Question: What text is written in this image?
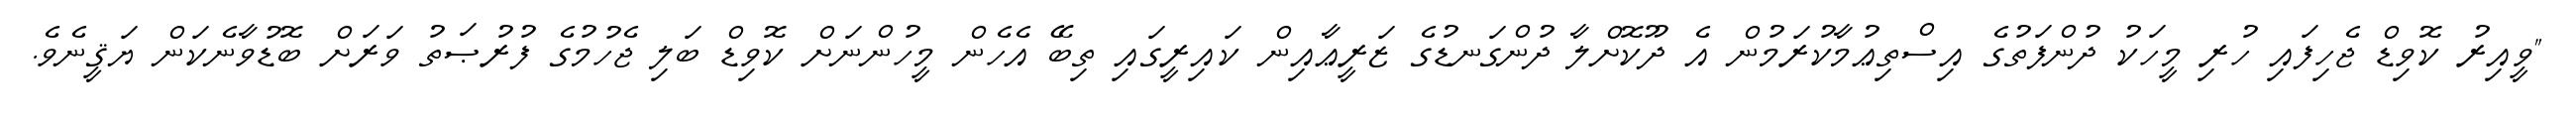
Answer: "ވީއިރު ކޮވިޑް ޖެހިފައި ހުރި މީހަކު ދުންފަތުގެ އިސްތިޢުމާކުރަމުން އެ ދޫކޮށްލާ ދުންގަނޑުގެ ޒަރީޢާއިން ކައިރީގައި ތިބޭ އެހެން މީހުންނަށް ކޮވިޑް ބަލި ޖެހުމުގެ ފުރުޞަތު ވަރަށް ބޮޑުވާނެކަން ޔަޤީނެވެ.